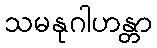
သမနုဂါဟန္တာ